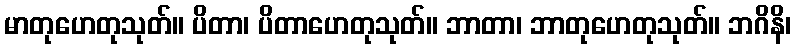
မာတုဟေတုသုတ်။ ပိတာ၊ ပိတာဟေတုသုတ်။ ဘာတာ၊ ဘာတုဟေတုသုတ်။ ဘဂိနိ၊